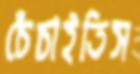
চেঁচাইতিস